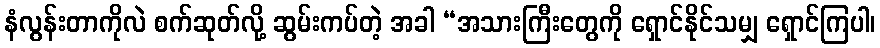
နံလွန်းတာကိုလဲ စက်ဆုတ်လို့ ဆွမ်းကပ်တဲ့ အခါ “အသားကြီးတွေကို ရှောင်နိုင်သမျှ ရှောင်ကြပါ၊